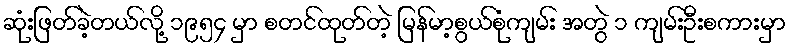
ဆုံးဖြတ်ခဲ့တယ်လို့ ၁၉၅၄ မှာ စတင်ထုတ်တဲ့ မြန်မာ့စွယ်စုံကျမ်း အတွဲ ၁ ကျမ်းဦးစကားမှာ